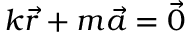
k { \vec { r } } + m { \vec { a } } = \vec { 0 }